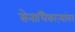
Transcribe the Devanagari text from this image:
सेनाधिकाऱ्यांवर